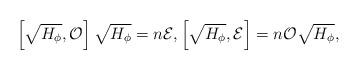
LaTeX: \begin{align*} \left[\sqrt{H_{\phi}}, {\cal O}\right] \sqrt{H_{\phi}} = n {\cal E}, \left[\sqrt{H_{\phi}}, {\cal E}\right] = n {\cal O} \sqrt{H_{\phi}},\end{align*}